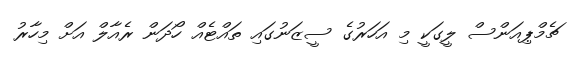
ޗެމްޕިއަންސް ލީގަކީ މި އަހަރުގެ ސީޒަނުގައި ތައްޓެއް ހޯދަން ރެއާލް އަށް މިހާރު